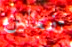
تفعلين